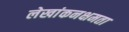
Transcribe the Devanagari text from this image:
लेखांकनक्षमता